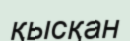
қысқан